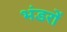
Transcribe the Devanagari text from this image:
भंडरों